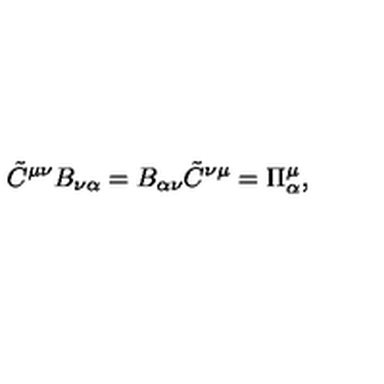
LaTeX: \tilde { C } ^ { \mu \nu } B _ { \nu \alpha } = B _ { \alpha \nu } \tilde { C } ^ { \nu \mu } = \Pi _ { \alpha } ^ { \mu } ,